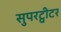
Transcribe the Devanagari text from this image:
सुपरट्वीटर